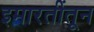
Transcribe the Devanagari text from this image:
इमारतींतून